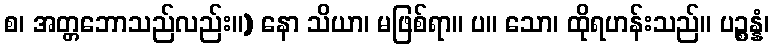
စ၊ အတ္တဘောသည်လည်း။) နော သိယာ၊ မဖြစ်ရာ။ ပ။ သော၊ ထိုရဟန်းသည်။ ပဉ္စန္နံ၊